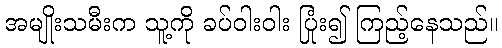
အမျိုးသမီးက သူ့ကို ခပ်ဝါးဝါး ပြုံး၍ ကြည့်နေသည်။